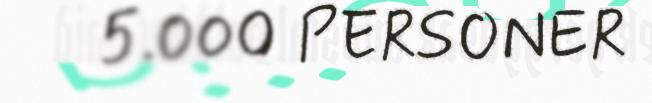
5.000 PERSONER